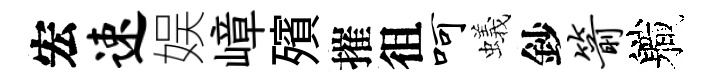
宏速娱嶂殯摧徂呵蟻鈔箭軄